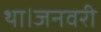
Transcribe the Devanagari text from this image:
था।जनवरी